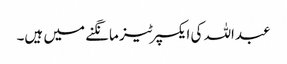
عبداللہ کی ایکسپرٹیز مانگنے میں ہیں۔